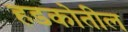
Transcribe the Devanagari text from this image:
हडकोतील